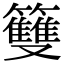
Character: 䉶